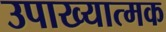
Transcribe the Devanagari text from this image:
उपाख्यात्मक